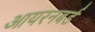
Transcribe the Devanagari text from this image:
आयरनबर्ड